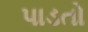
પાડતો